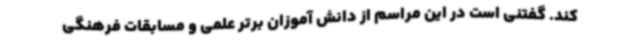
کند. گفتنی است در این مراسم از دانش آموزان برتر علمی و مسابقات فرهنگی